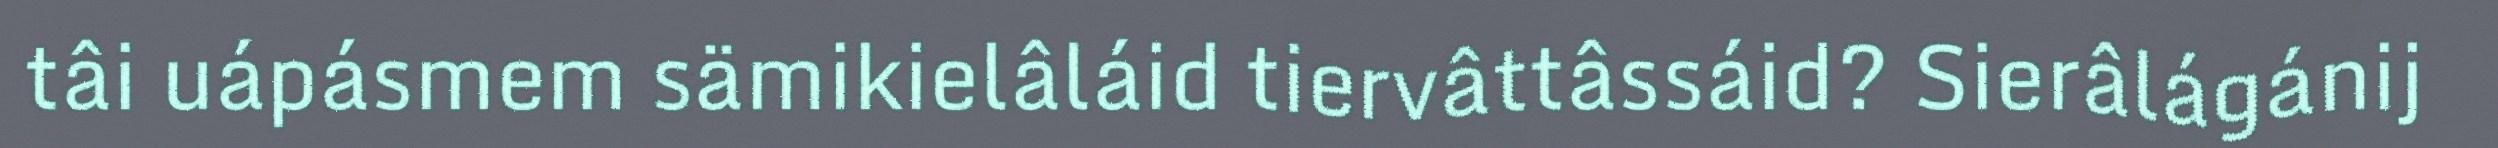
tâi uápásmem sämikielâláid tiervâttâssáid? Sierâlágánij